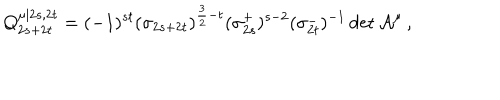
Q _ { 2 s + 2 t } ^ { \mu | 2 s , 2 t } = ( - 1 ) ^ { s t } ( \sigma _ { 2 s + 2 t } ) ^ { \frac { 3 } { 2 } - t } ( \sigma _ { 2 s } ^ { + } ) ^ { s - 2 } ( \sigma _ { 2 t } ^ { - } ) ^ { - 1 } \det \mathcal { A } ^ { \mu } \mathcal { \, } ,